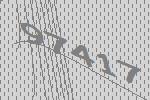
97417